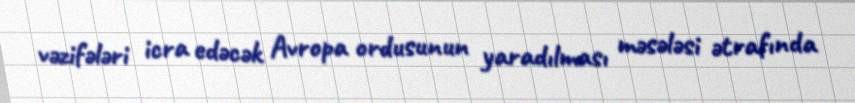
vəzifələri icra edəcək Avropa ordusunun yaradılması məsələsi ətrafında